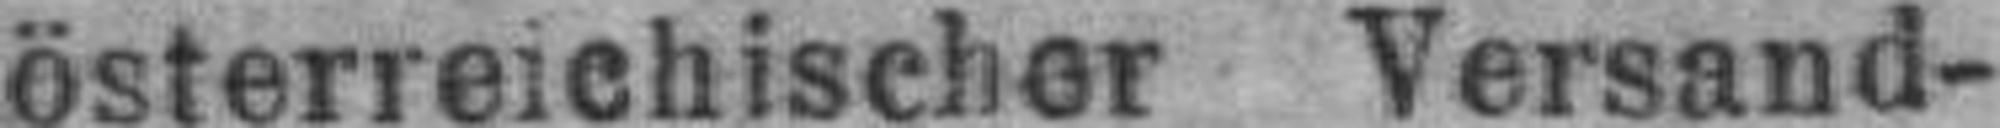
österreichischer Versand¬